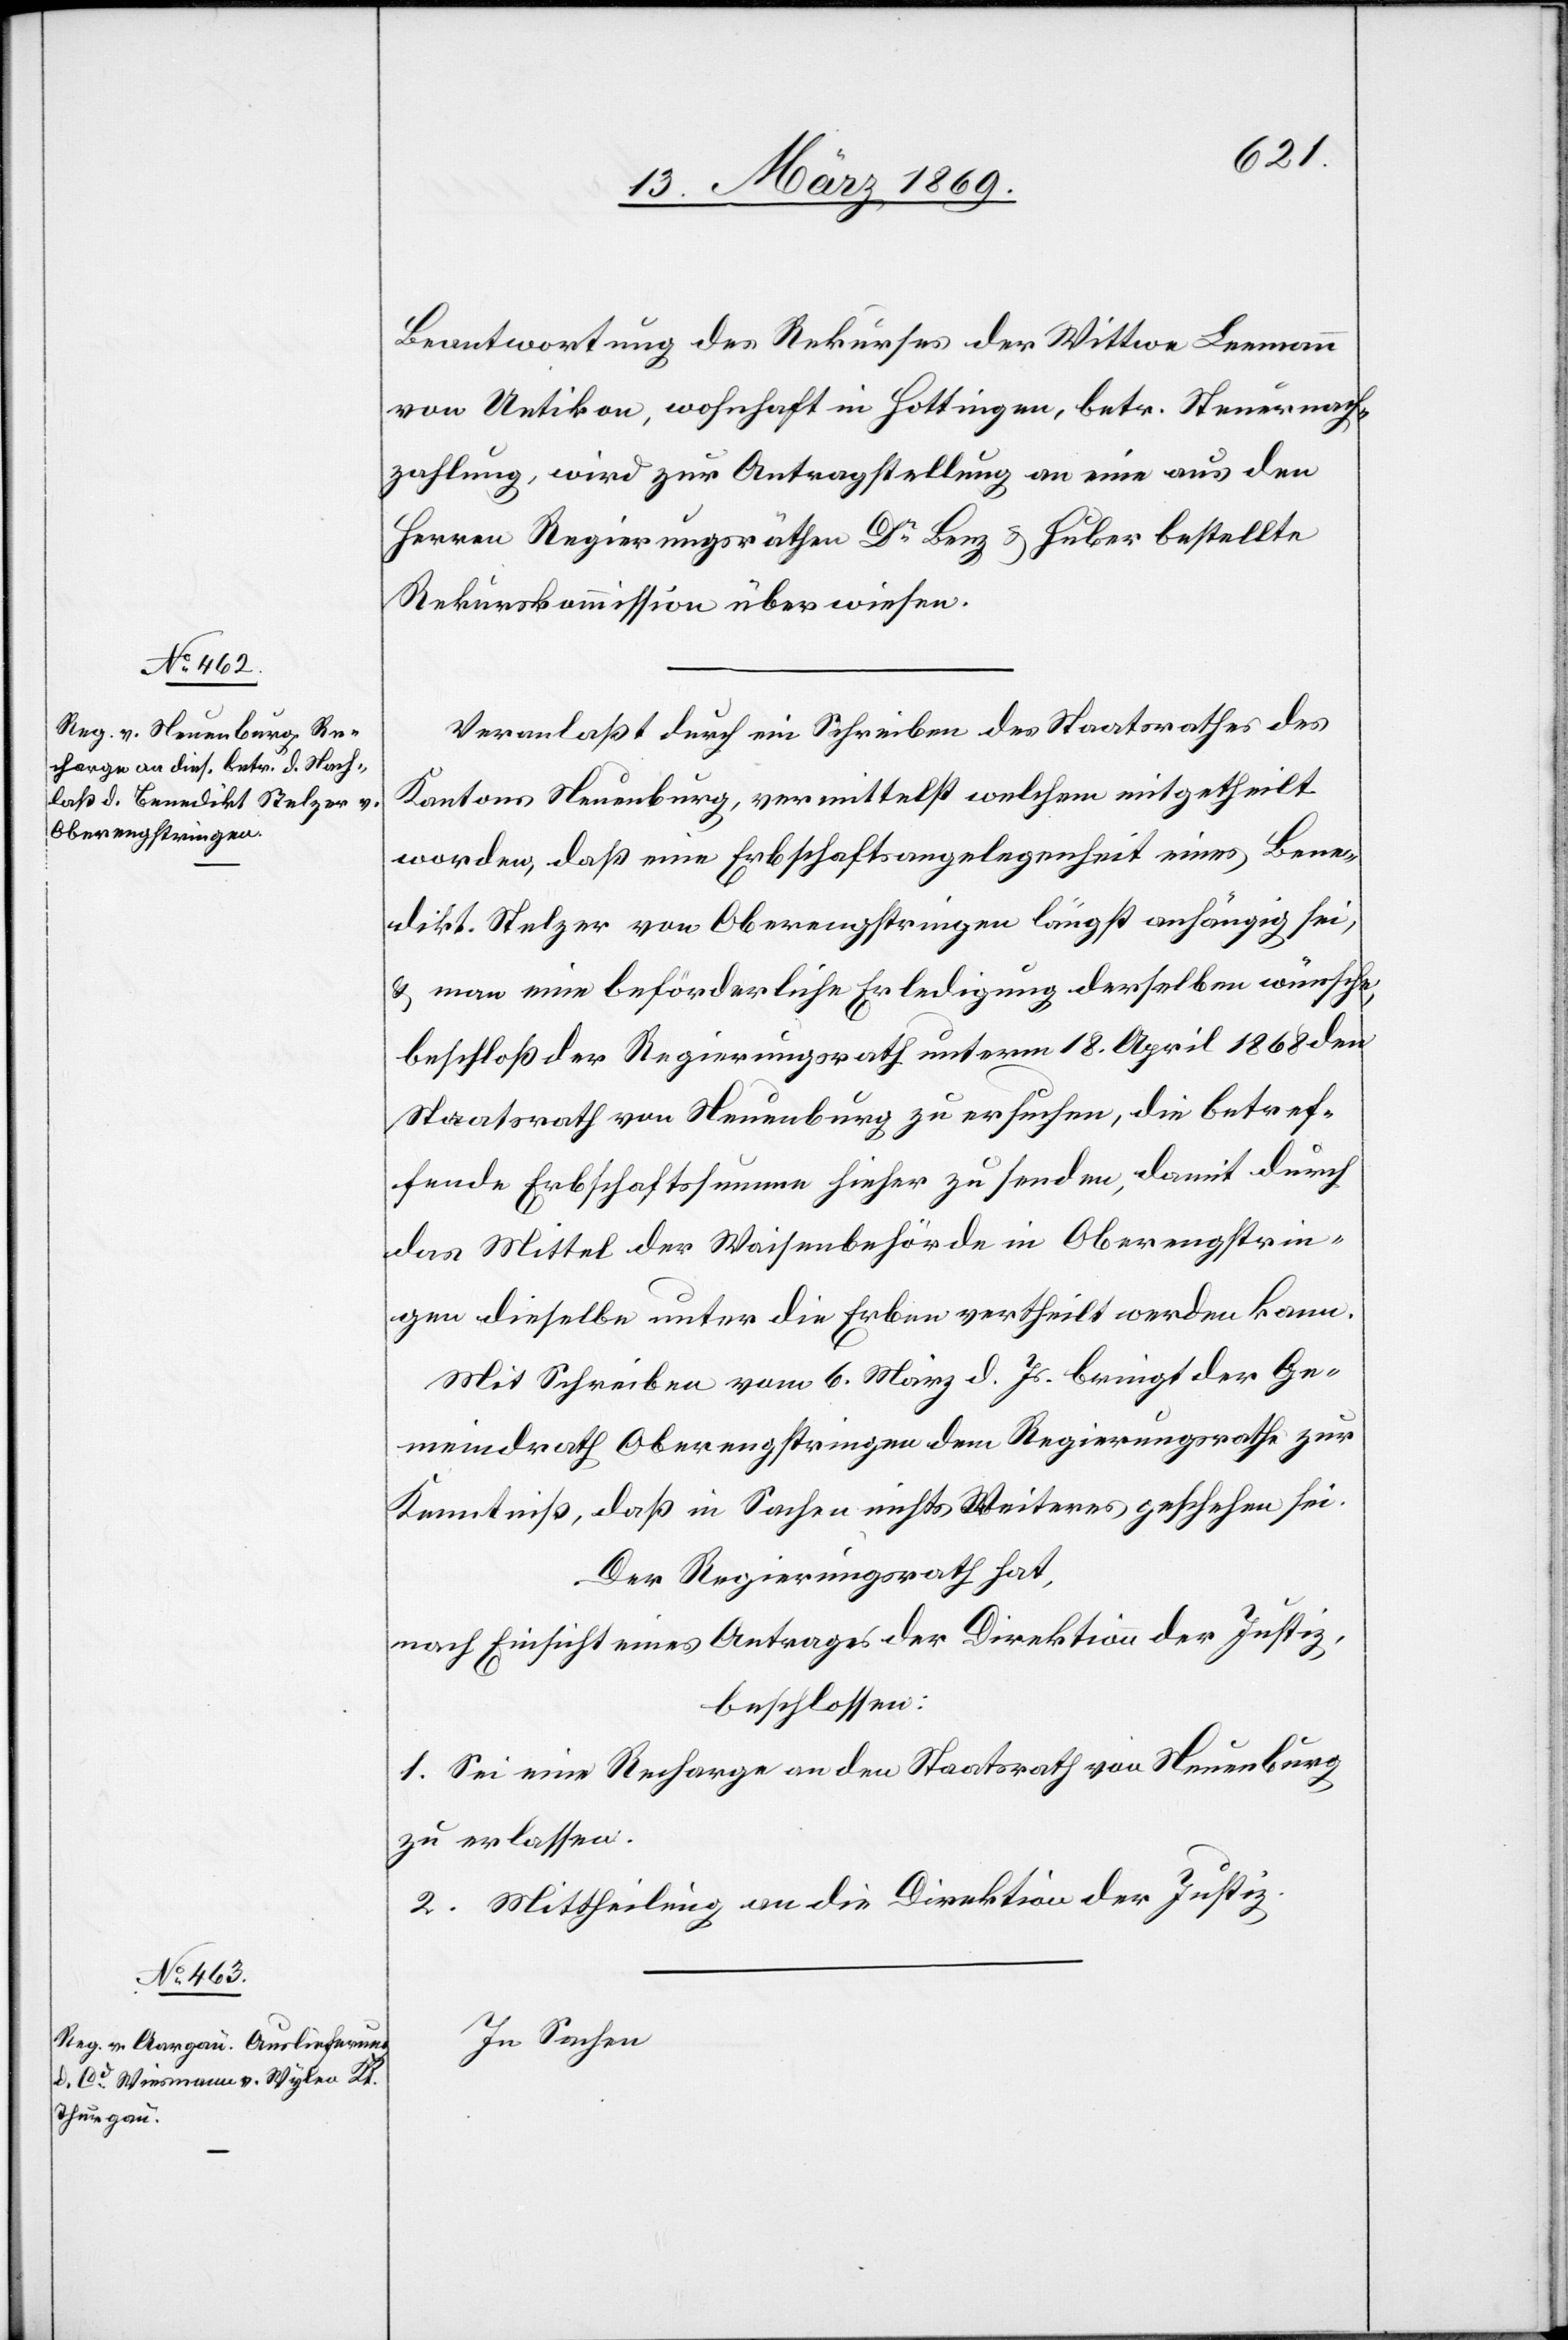
Beantwortung des Rekurses der Wittwe Leemann
von Uetikon, wohnhaft in Hottingen, betr. Steuernach¬
zahlung, wird zur Antragstellung an eine aus den
Herren Regierungsräthen Dr Benz & Huber bestellte
Rekurskommission überwiesen.
Veranlaßt durch ein Schreiben des Staatsrathes des
Kantons Neuenburg, vermittelst welchem mitgetheilt
worden, daß eine Erbschaftsangelegenheit eines Bene¬
dikt Stelzer von Oberengstringen längst anhängig sei,
& man eine beförderliche Erledigung derselben wünsche,
beschloß der Regierungsrath unterm 18. April 1868 dem
Staatsrath von Neuenburg zu ersuchen, die betref¬
fende Erbschaftssumme hieher zu senden, damit durch
das Mittel der Waisenbehörde in Oberengstrin¬
gen dieselbe unter die Erben vertheilt werden kann.
Mit Schreiben vom 6. März d. Js. bringt der Ge¬
meindrath Oberengstringen den Regierungsrathe zur
Kenntniß, daß in Sachen nichts Weiteres geschehen sei.
Der Regierungsrath hat,
nach Einsicht eines Antrages der Direktion der Justiz,
beschlossen:
1. Sei eine Recharge an den Staatsrath von Neuenburg
zu erlassen.
2. Mittheilung an die Direktion der Justiz.
In Sachen